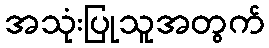
အသုံးပြုသူအတွက်